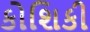
કોશિકી